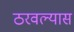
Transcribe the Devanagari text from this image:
ठरवल्यास